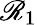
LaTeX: \mathscr{R}_{1}